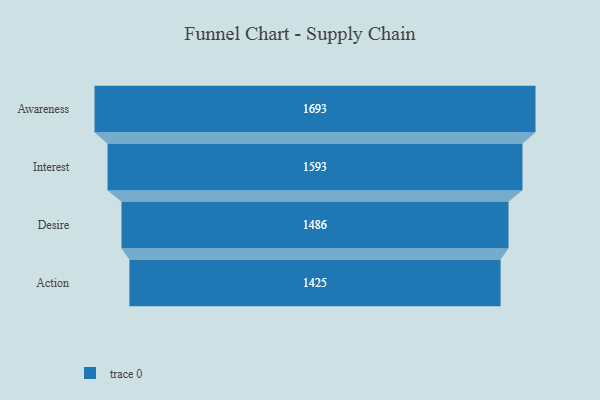
{"axis": {"x": "Stage", "y": "Value"}, "legend": [""], "data": [{"x": "Awareness", "y": 1693.0, "type": ""}, {"x": "Interest", "y": 1593.0, "type": ""}, {"x": "Desire", "y": 1486.0, "type": ""}, {"x": "Action", "y": 1425.0, "type": ""}]}